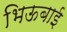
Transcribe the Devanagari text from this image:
भिऊबाई